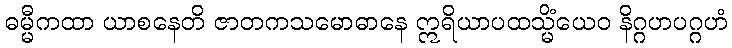
ဓမ္မီကထာ ယာစနေတိ ဇာတကသမောဓာနေ ဣရိယာပထသ္မိံယေဝ နိဂ္ဂဟပဂ္ဂဟံ